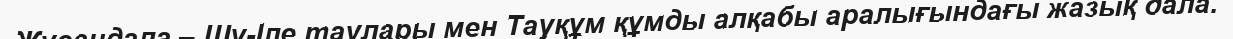
Жусандала – Шу-Іле таулары мен Тауқұм құмды алқабы аралығындағы жазық дала.